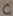
Text: C